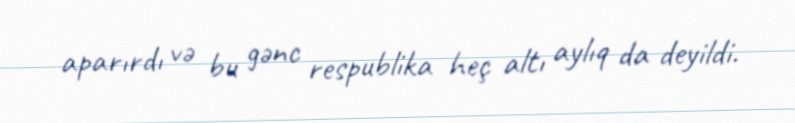
aparırdı və bu gənc respublika heç altı aylıq da deyildi.